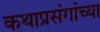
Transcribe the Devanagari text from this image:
कथाप्रसंगांच्या